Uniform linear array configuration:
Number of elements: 16
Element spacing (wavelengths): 0.75
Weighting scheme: blackman
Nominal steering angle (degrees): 15
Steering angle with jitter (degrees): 15.778
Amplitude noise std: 0.05
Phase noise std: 0.05

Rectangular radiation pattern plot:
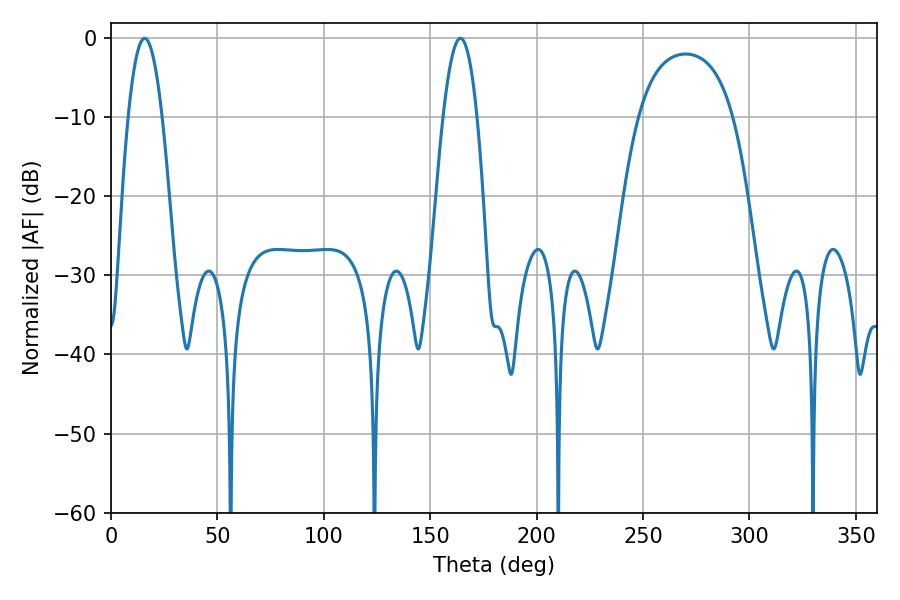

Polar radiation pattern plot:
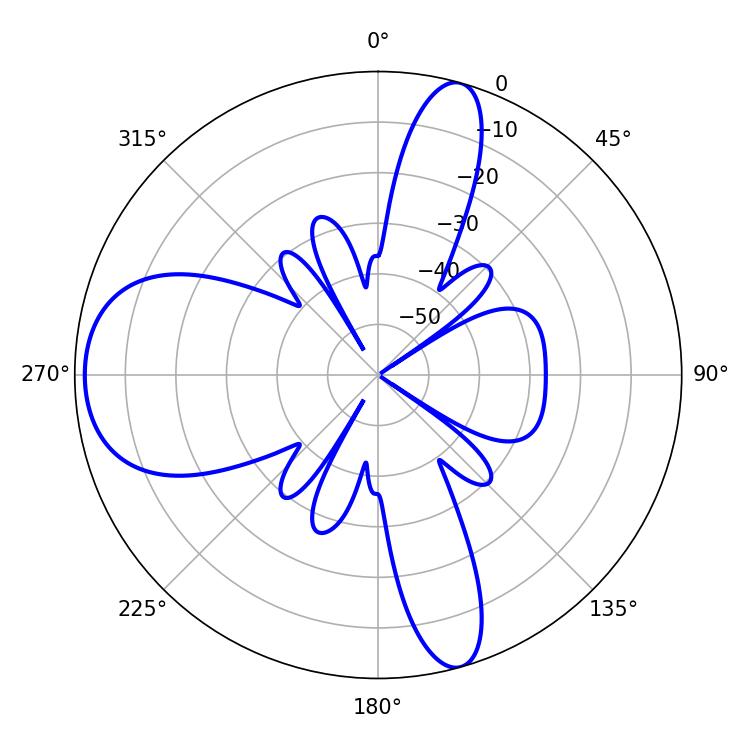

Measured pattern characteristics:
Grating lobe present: TRUE
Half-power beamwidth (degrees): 8.64
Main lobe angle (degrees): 164.16